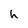
Character: h